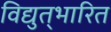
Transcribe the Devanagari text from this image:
विद्युत्‌भारित